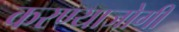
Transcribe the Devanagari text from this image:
करण्‍याजोगी